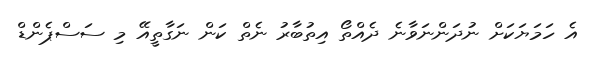
އެ ހަމަޔަކަށް ނުދަންނަވާނެ ދެއްތޯ އިތުބާރު ނެތް ކަން ނަގާތީއޭ މި ސަސްޕެންޑް